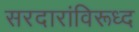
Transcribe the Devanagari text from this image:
सरदारांविरूध्द